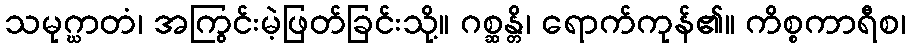
သမုဂ္ဃာတံ၊ အကြွင်းမဲ့ဖြတ်ခြင်းသို့။ ဂစ္ဆန္တိ၊ ရောက်ကုန်၏။ ကိစ္စကာရီစ၊